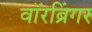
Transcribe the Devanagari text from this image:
वॉरब्रिंगर